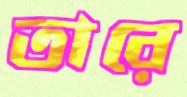
তারে